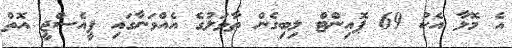
އެ މޮޅާ އެކު 69 ޕޮއިންޓް ލިބިގެން ތާވަލުގެ އެއްވަނާގައި ޕީއެސްޖީ އޮތް